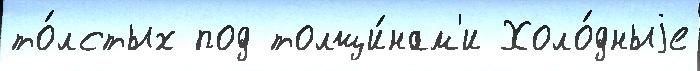
то́лстых под толщи́нам'и Холо́дныjе